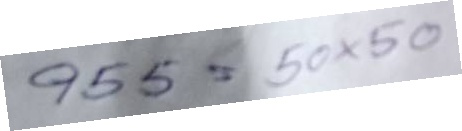
955 = 50x50